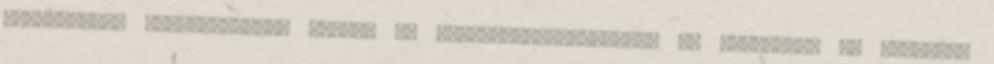
középületek felújításával növeli az energiamegtakarítást és csökkenti az épületek